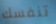
تنفسك